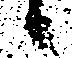
日